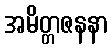
အမိတ္တဇနနာ